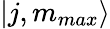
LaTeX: |j,m_{max}\rangle